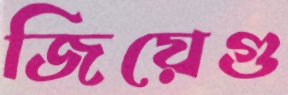
জিয়েগু